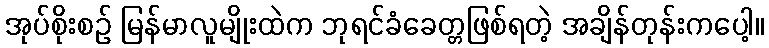
အုပ်စိုးစဉ် မြန်မာလူမျိုးထဲက ဘုရင်ခံခေတ္တဖြစ်ရတဲ့ အချိန်တုန်းကပေါ့။